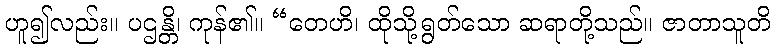
ဟူ၍လည်း။ ပဌန္တိ၊ ကုန်၏။ “တေဟိ၊ ထိုသို့ရွတ်သော ဆရာတို့သည်။ ဇာတာသူတိ